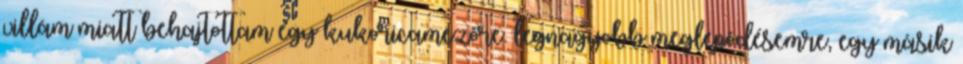
villám miatt behajtottam egy kukoricamezõre. legnagyobb meglepõdésemre, egy másik